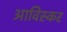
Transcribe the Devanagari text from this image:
आविस्कर